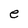
Character: e